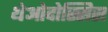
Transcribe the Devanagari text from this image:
थेओदोस्सिस